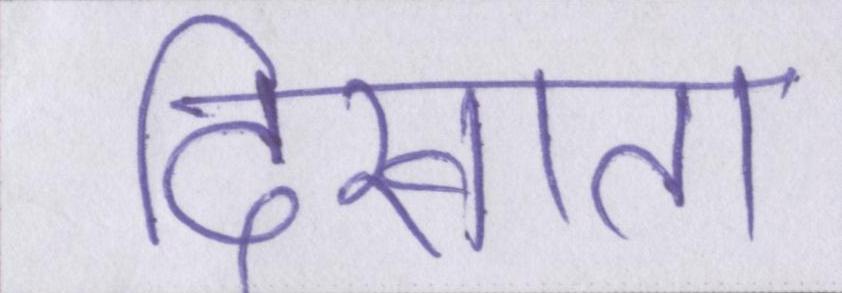
दिखाता